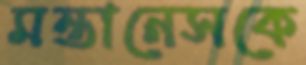
মন্তানেসকে